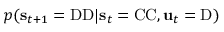
p ( \mathbf { s } _ { t + 1 } = \mathrm { D D } | \mathbf { s } _ { t } = \mathrm { C C } , \mathbf { u } _ { t } = \mathrm { D } )